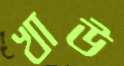
খাউ